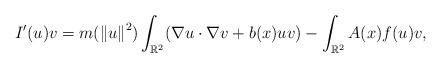
LaTeX: \begin{align*}I'(u)v = m(\left\|u\right\|^2)\int_{\mathbb{R}^2}(\nabla u \cdot \nabla v + b(x)uv) - \int_{\mathbb{R}^2} A(x)f(u)v,\end{align*}